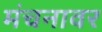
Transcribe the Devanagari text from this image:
मंचनावर